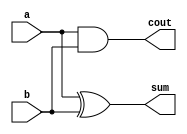
`timescale 1ns / 1ps
//////////////////////////////////////////////////////////////////////////////////
// Company: 
// Engineer: 
// 
// Design Name: 
// Module Name:    HA_struct1 
// Project Name: 
// Target Devices: 
// Tool versions: 
// Description: 
//
// Dependencies: 
//
// Revision: 
// Revision 0.01 - File Created
// Additional Comments: 
//
//////////////////////////////////////////////////////////////////////////////////
module system (a, b, sum, cout);
input a, b;
output sum, cout;
	xor X1 (sum, a, b);
	and a1 (cout, a, b);
endmodule